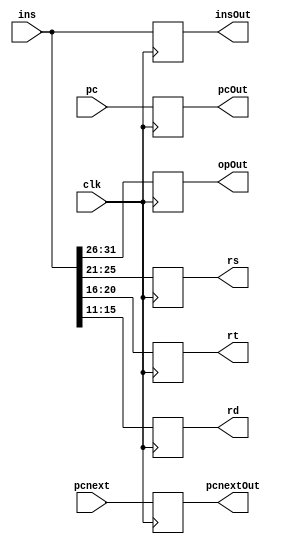
`timescale 1ns / 1ps
module IFIDRegister(clk,pc,pcnext,ins,opOut,pcOut,pcnextOut,insOut,rs,rt,rd );
    input clk;
    input [31:0] pc,pcnext,ins;
    output reg [5:0] opOut;
    output reg[31:0] pcOut,pcnextOut,insOut;
    output reg[4:0] rs,rt,rd;
    initial begin 
        opOut = 0;
        pcOut = 0;
        pcnextOut = 0;
        insOut = 0;
    end
    always@(posedge clk) begin 
        opOut = ins[31:26];
        pcOut = pc;
        pcnextOut = pcnext;
        insOut = ins;
        rs = ins[25:21];
        rt = ins[20:16];
        rd = ins[15:11];
    end
endmodule